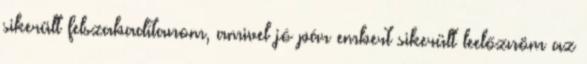
sikerült felszabadítanom, amivel jó pár embert sikerült leelőznöm az